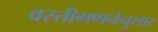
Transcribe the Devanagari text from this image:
वस्तीगणनेनुसार